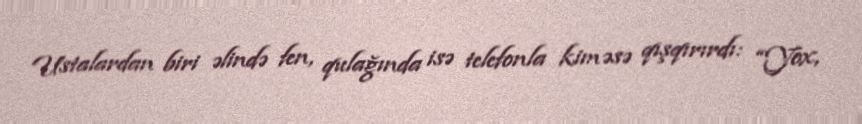
Ustalardan biri əlində fen, qulağında isə telefonla kiməsə qışqırırdı: “Yox,